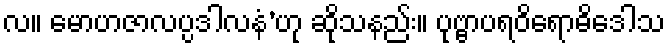
လ။ မောဟဇာလပ္ပဒါလနံ’ဟု ဆိုသနည်း။ ပုဗ္ဗာပရဝိရောဓိဒေါသ